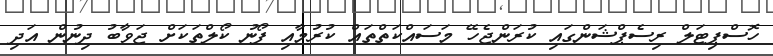
ހޮސްޕިޓަލް ރިސެޕްޝަންގައި ކުރަންޖެހޭ މަސައްކަތްތައް ކުރުމާއި ފޯނު ކޯލްތަކަށް ޖަވާބު ދިނުން އަދި